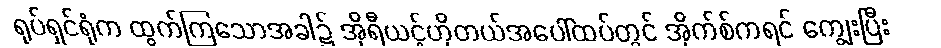
ရုပ်ရှင်ရုံက ထွက်ကြသောအခါ၌ အိုရီယင့်ဟိုတယ်အပေါ်ထပ်တွင် အိုက်စ်ကရင် ကျွေးပြီး